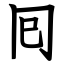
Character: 囘